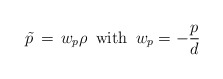
\begin{align*}\tilde{p} \, = \, w_p \rho \,\,\, {\rm with} \,\,\, w_p = - {p \over d}\end{align*}